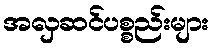
အလှဆင်ပစ္စည်းများ